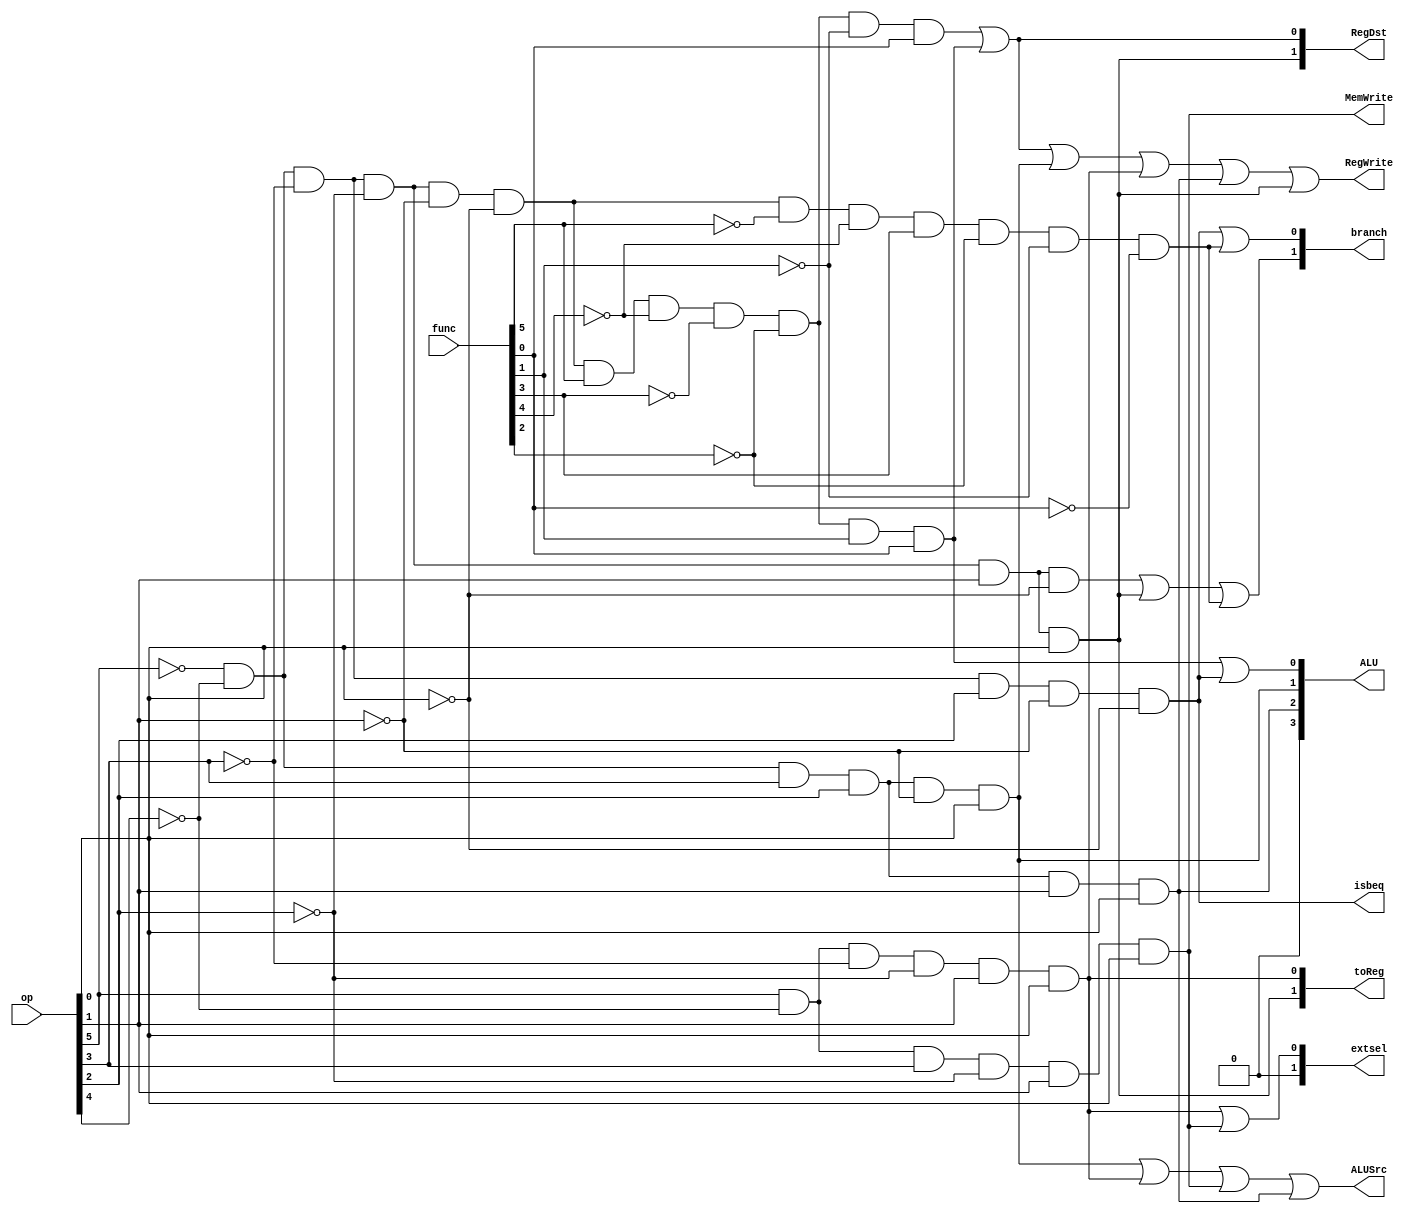
`timescale 1ns / 1ps

module Controller(
    input [5:0] op,
    input [5:0] func,
    output  [1:0] RegDst,
    output  RegWrite,
    output  ALUSrc,
    output  [1:0]branch,
    output  isbeq,
    output  MemWrite,
    output  [1:0]toReg,
    output  [1:0]extsel,
    output  [3:0] ALU
    );
    wire addu, subu, ori, lw, sw, beq, lui, jar, jr, j;

    assign addu = (~op[5])&(~op[4])&(~op[3])&(~op[2])&(~op[1])&(~op[0])&(func[5])&(~func[4])&(~func[3])&(~func[2])&(~func[1])&(func[0]);
    assign subu = (~op[5])&(~op[4])&(~op[3])&(~op[2])&(~op[1])&(~op[0])&(func[5])&(~func[4])&(~func[3])&(~func[2])&(func[1])&(func[0]);
    assign jr = (~op[5])&(~op[4])&(~op[3])&(~op[2])&(~op[1])&(~op[0])&(~func[5])&(~func[4])&(func[3])&(~func[2])&(~func[1])&(~func[0]);
    assign ori = (~op[5])&(~op[4])&(op[3])&(op[2])&(~op[1])&(op[0]);
    assign lw = (op[5])&(~op[4])&(~op[3])&(~op[2])&(op[1])&(op[0]);
    assign sw = (op[5])&(~op[4])&(op[3])&(~op[2])&(op[1])&(op[0]);
    assign beq = (~op[5])&(~op[4])&(~op[3])&(op[2])&(~op[1])&(~op[0]);
    assign lui = (~op[5])&(~op[4])&(op[3])&(op[2])&(op[1])&(op[0]);
    assign j = (~op[5])&(~op[4])&(~op[3])&(~op[2])&(op[1])&(~op[0]);
    assign jal = (~op[5])&(~op[4])&(~op[3])&(~op[2])&(op[1])&(op[0]);

    assign RegDst={jal,addu|subu};
    assign RegWrite=addu|subu|ori|lw|lui|jal;
    assign ALUSrc=ori|lw|sw|lui;
    assign branch={j|jal|jr,beq|jr};
    assign isbeq=beq;
    assign MemWrite=sw;
    assign toReg={jal,lw};
    assign extsel={1'b0,lw|sw};
    assign ALU ={1'b0,lui,ori,subu|beq};


    // always @(*) begin
    //     case(op)
    //         6'b000000:
    //         //addu,subu
    //         begin
    //             RegDst<=2'b01;
    //             RegWrite<=1;
    //             ALUSrc<=0;
    //             MemWrite<=0;
    //             toReg<=0;
    //             beq<=0;
    //             extsel<=0;
    //             case (func)
    //                 6'b100001://addu
    //                 begin
    //                     ALU <= 0;
    //                     branch<=2'b00;
    //                 end
    //                 6'b100011://subu
    //                 begin
    //                     ALU <= 1;
    //                     branch<=2'b00;
    //                 end
    //                 6'b001000://jr
    //                 begin
    //                     ALU <= 0;
    //                     branch<=2'b11;
    //                 end
    //             endcase
    //         end
    //         6'b001101:
    //         //ori
    //         begin
    //             RegDst<=2'b00;
    //             RegWrite<=1;
    //             ALUSrc<=1;
    //             branch<=2'b00;
    //             beq<=0;
    //             MemWrite<=0;
    //             toReg<=0;
    //             extsel<=0;
    //             ALU <= 2;
    //         end
    //         6'b100011:
    //         //lw
    //         begin
    //             RegDst<=2'b00;
    //             RegWrite<=1;
    //             ALUSrc<=1;
    //             branch<=2'b00;
    //             beq<=0;
    //             MemWrite<=0;
    //             toReg<=1;
    //             extsel<=1;
    //             ALU <= 0;
    //         end
    //         6'b101011:
    //         //sw
    //         begin
    //             RegDst<=2'b00;
    //             RegWrite<=0;
    //             ALUSrc<=1;
    //             branch<=2'b00;
    //             beq<=0;
    //             MemWrite<=1;
    //             toReg<=0;
    //             extsel<=1;
    //             ALU <= 0;
    //         end
    //         6'b000100:
    //         //beq
    //         begin
    //             RegDst<=2'b00;
    //             RegWrite<=0;
    //             ALUSrc<=0;
    //             branch<=2'b01;
    //             beq<=1;
    //             MemWrite<=0;
    //             toReg<=0;
    //             extsel<=0;
    //             ALU <= 1;
    //         end
    //         6'b001111:
    //         //lui
    //         begin
    //             RegDst<=2'b00;
    //             RegWrite<=1;
    //             ALUSrc<=1;
    //             branch<=2'b00;
    //             beq<=0;
    //             MemWrite<=0;
    //             toReg<=0;
    //             extsel<=0;
    //             ALU <= 4;
    //         end
    //         6'b000010:
    //         //j
    //         begin
    //             RegDst<=2'b00;
    //             RegWrite<=1;
    //             ALUSrc<=0;
    //             branch<=2'b10;
    //             beq<=0;
    //             MemWrite<=0;
    //             toReg<=0;
    //             extsel<=0;
    //             ALU <= 0;
    //         end
    //         6'b000011:
    //         //jal
    //         begin
    //             RegDst<=2'b00;
    //             RegWrite<=1;
    //             ALUSrc<=1;
    //             branch<=2'b10;
    //             beq<=0;
    //             MemWrite<=0;
    //             toReg<=2'b10;
    //             extsel<=0;
    //             ALU <= 0;
    //         end
            
    //         default:
    //         //other status including nop
    //         begin
    //             RegDst<=2'b00;
    //             RegWrite<=0;
    //             ALUSrc<=0;
    //             branch<=2'b00;
    //             beq<=0;
    //             MemWrite<=0;
    //             toReg<=0;
    //             extsel<=0;
    //             ALU <= 0;
    //         end
            
    //     endcase
    // end


endmodule